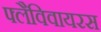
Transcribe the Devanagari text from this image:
फ्लैविवायरस